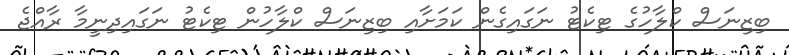
ބިޒިނަސް ކްލާހުގެ ޓިކެޓު ނަގައިގެން ކަމަށާއި ބިޒިނަސް ކްލާހުން ޓިކެޓު ނަގައިދިނީމާ ރާއްޖެ